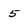
Character: 5